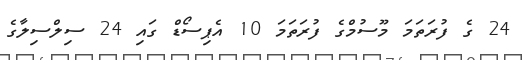
24 ގެ ފުރަތަމަ މޫސުމްގެ ފުރަތަމަ 10 އެޕިސޯޑް ގައި 24 ސިލްސިލާގެ